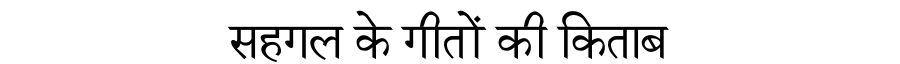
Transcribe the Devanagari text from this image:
सहगल के गीतों की किताब